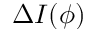
\Delta I ( \phi )